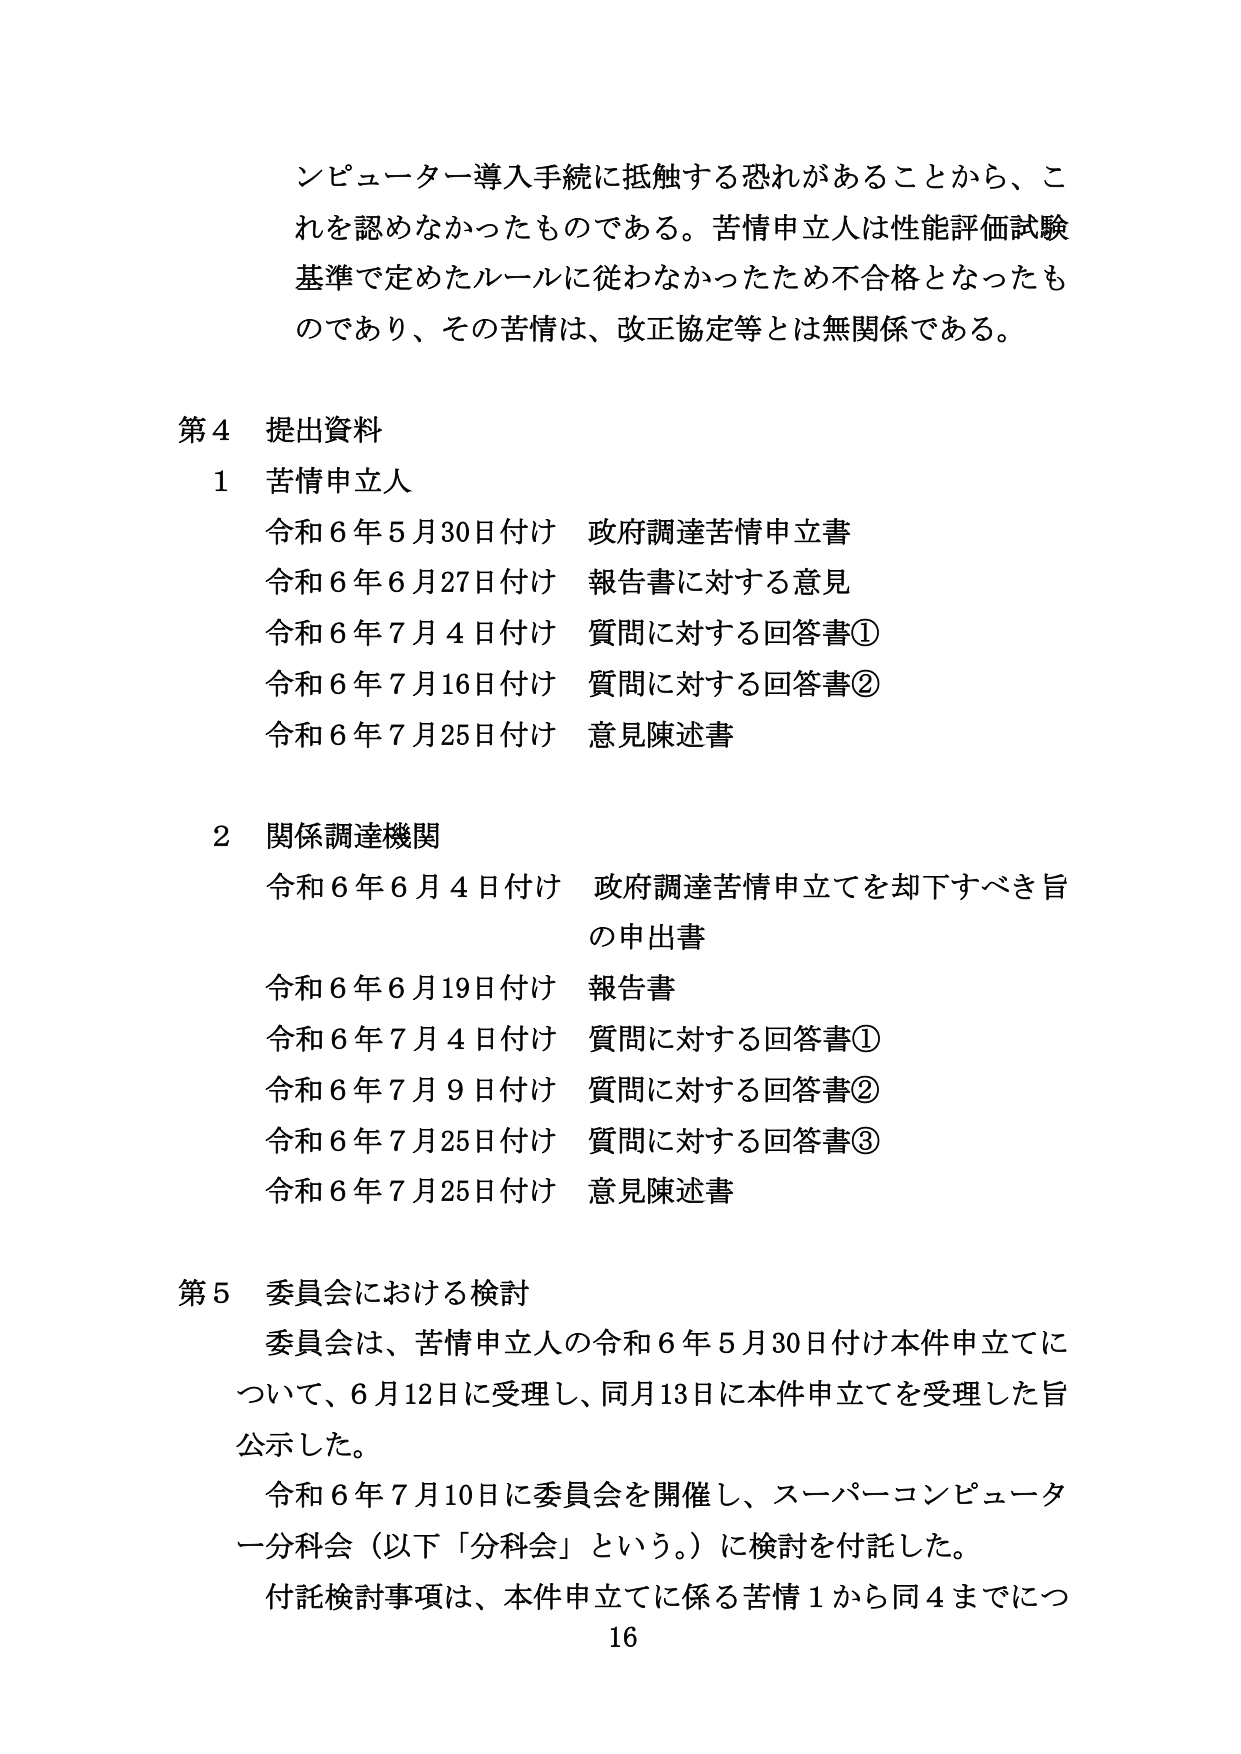
ンピューター導入手続きに抵触する恐れがあることから、これを認めなかったものである。苦情申立人は性能評価試験基準で定めたルールに従わなかったため不合格となったものであり、その苦情は、改正協定等とは無関係である。

第4 提出資料
1 苦情申立人
令和6年5月30日付け 政府調達苦情申立書
令和6年6月27日付け 報告書に対する意見
令和6年7月4日付け 質問に対する回答書①
令和6年7月16日付け 質問に対する回答書②
令和6年7月25日付け 意見陳述書

2 関係調達機関
令和6年6月4日付け 政府調達苦情申立てを却下すべき旨の申出書
令和6年6月19日付け 報告書
令和6年7月4日付け 質問に対する回答書①
令和6年7月9日付け 質問に対する回答書②
令和6年7月25日付け 質問に対する回答書③
令和6年7月25日付け 意見陳述書

第5 委員会における検討
委員会は、苦情申立人の令和6年5月30日付け本件申立てについて、6月12日に受理し、同月13日に本件申立てを受理した旨公示した。
令和6年7月10日に委員会を開催し、スーパーコンピューター分科会（以下「分科会」という。）に検討を付託した。
付託検討事項は、本件申立てに係る苦情1から同4までにつ
16